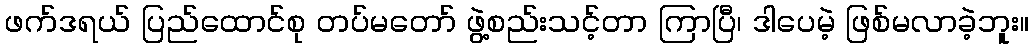
ဖက်ဒရယ် ပြည်ထောင်စု တပ်မတော် ဖွဲ့စည်းသင့်တာ ကြာပြီ၊ ဒါပေမဲ့ ဖြစ်မလာခဲ့ဘူး။